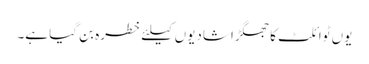
یوں ٹوائلٹ کا جھگڑا شادیوں کیلئے خطرہ بن گیا ہے۔